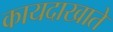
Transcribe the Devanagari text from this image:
कायदाखाते